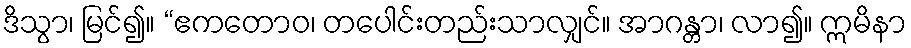
ဒိသွာ၊ မြင်၍။ “ဧကတောဝ၊ တပေါင်းတည်းသာလျှင်။ အာဂန္တာ၊ လာ၍။ ဣမိနာ